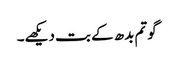
گوتم بدھ کے بت دیکھے۔